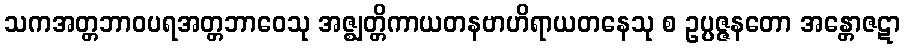
သကအတ္တဘာဝပရအတ္တဘာဝေသု အဇ္ဈတ္တိကာယတနဗာဟိရာယတနေသု စ ဥပ္ပဇ္ဇနတော အန္တောဇဋာ